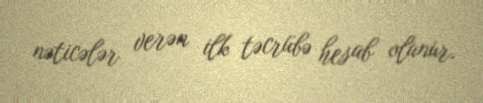
nəticələr verən ilk təcrübə hesab olunur.